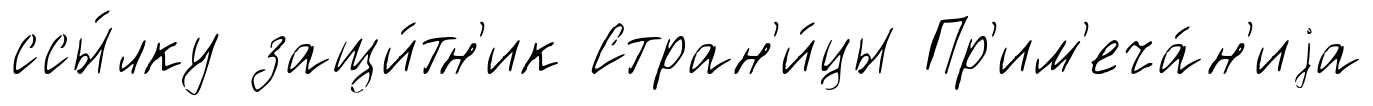
ссы́лку защи́тн'ик Стран'и́цы Пр'им'еча́н'иjа